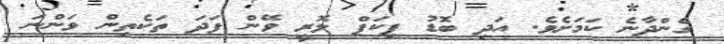
ގެންދާނެ ކަމަށެވެ. އަދި ބޮޑު ޕިކަޕް ލޮރީ ވޭން ފަދަ ތަކެތިން ވަންނަ